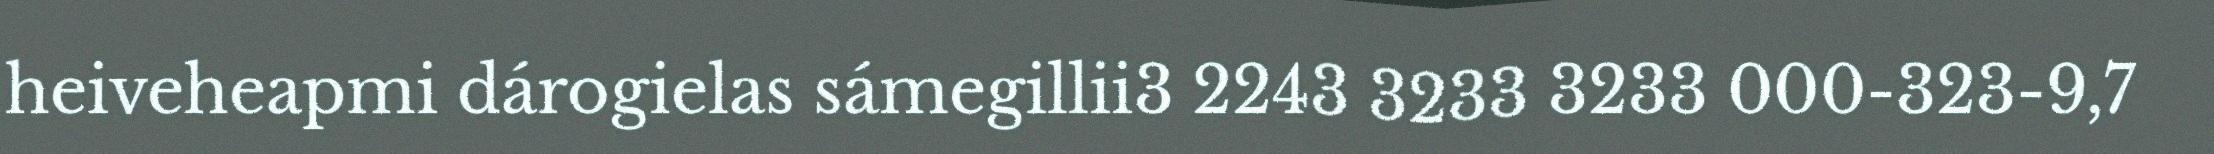
heiveheapmi dárogielas sámegillii3 2243 3233 3233 000-323-9,7